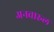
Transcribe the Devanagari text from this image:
अनवारुल